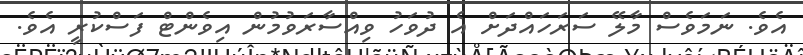
އެވެ. ނަމަވެސް މާލޭ ސަރަހައްދަށް އެ ދުވަހު ވިއްސާރަވުމުން އިވެންޓް ފަސްކުރީ އެވެ.